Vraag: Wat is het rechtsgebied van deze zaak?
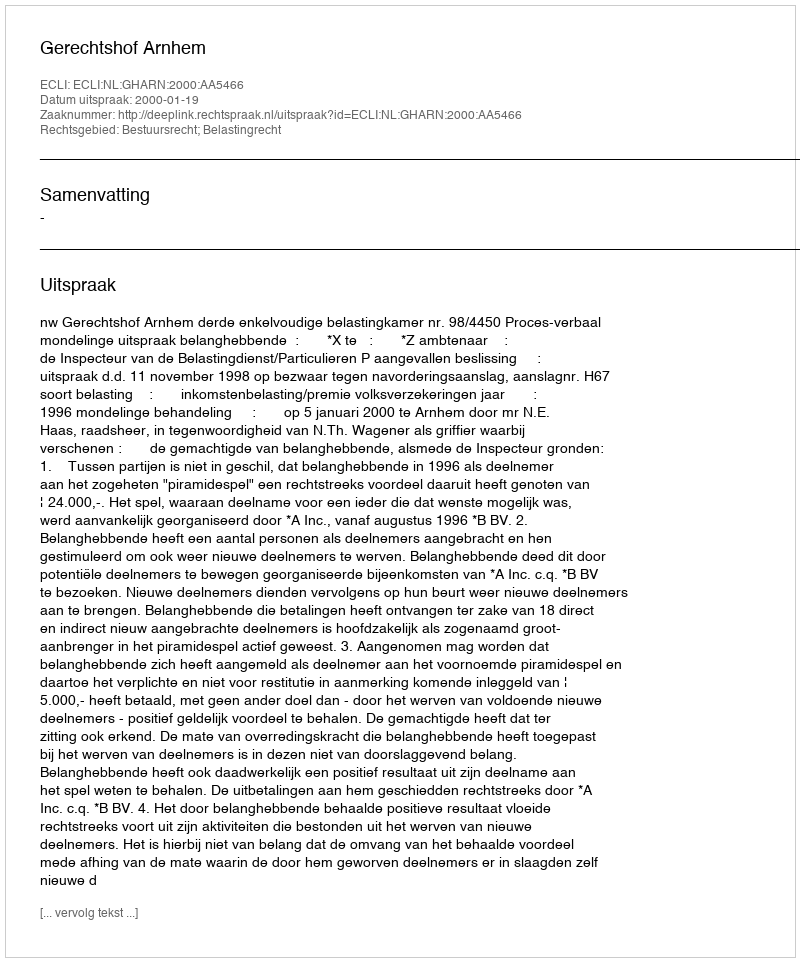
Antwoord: Bestuursrecht; Belastingrecht